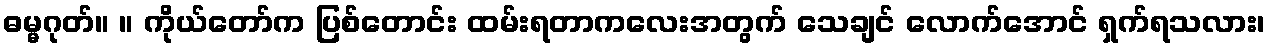
ဓမ္မဂုတ်။ ။ ကိုယ်တော်က ပြစ်တောင်း ထမ်းရတာကလေးအတွက် သေချင် လောက်အောင် ရှက်ရသလား၊